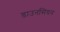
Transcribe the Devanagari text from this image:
डाउनसियन